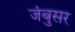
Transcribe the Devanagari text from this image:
जंबुसर